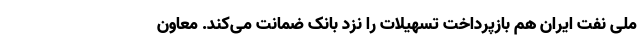
ملی نفت ایران هم بازپرداخت تسهیلات را نزد بانک ضمانت می‌کند. معاون